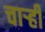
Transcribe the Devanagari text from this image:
चार्‍ही